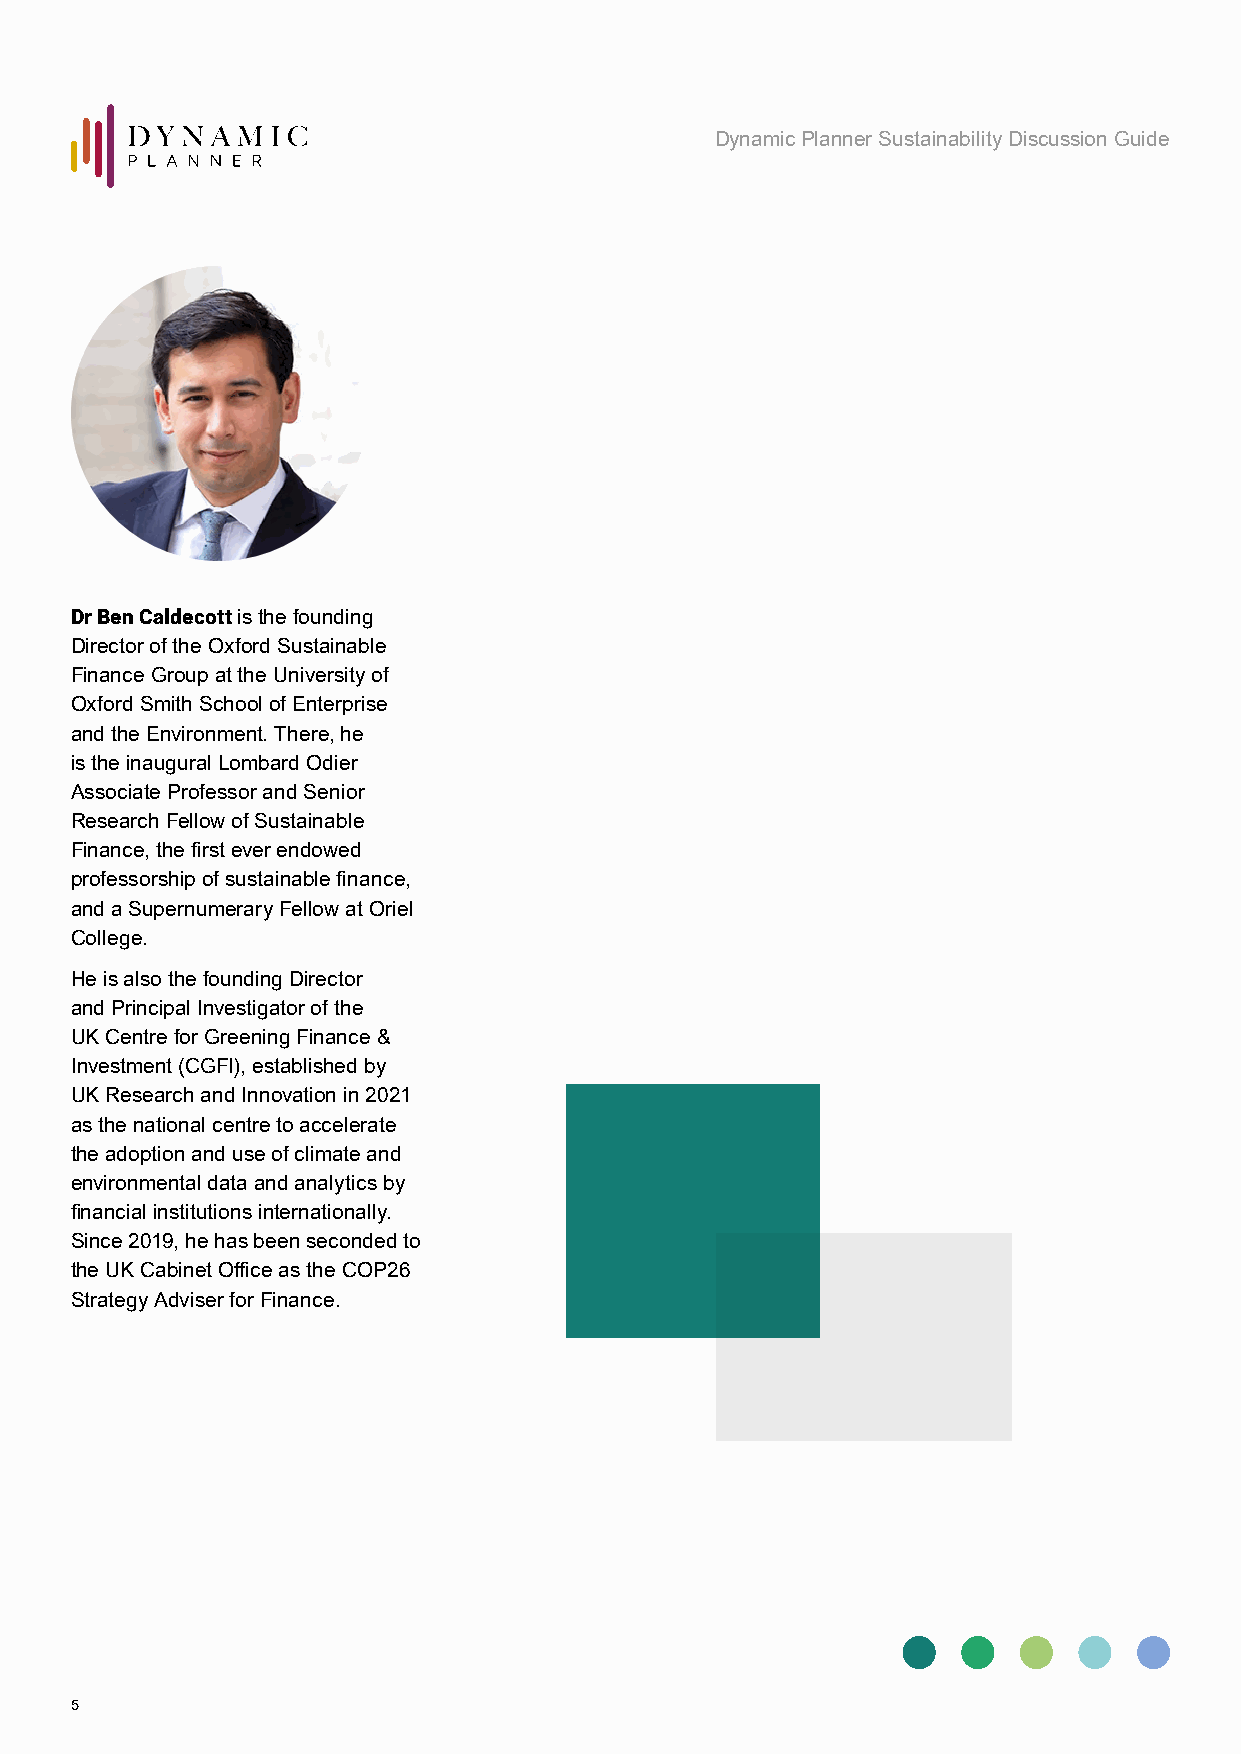
Dynamic Planner Sustainability Discussion Guide
 Dr Ben Caldecott is the founding
 Director of the Oxford Sustainable
 Finance Group at the University of
 Oxford Smith School of Enterprise
 and the Environment. There, he
 is the inaugural Lombard Odier
 Associate Professor and Senior
 Research Fellow of Sustainable
 Finance, the first ever endowed
 professorship of sustainable finance,
 and a Supernumerary Fellow at Oriel
 College.
 He is also the founding Director
 and Principal Investigator of the
 UK Centre for Greening Finance &
 Investment (CGFI), established by
 UK Research and Innovation in 2021
 as the national centre to accelerate
 the adoption and use of climate and
 environmental data and analytics by
 financial institutions internationally.
 Since 2019, he has been seconded to
 the UK Cabinet Office as the COP26
 Strategy Adviser for Finance.
 5